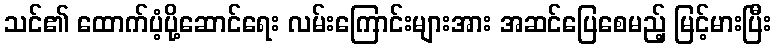
သင်၏ ထောက်ပံ့ပို့ဆောင်ရေး လမ်းကြောင်းများအား အဆင်ပြေစေမည့် မြင့်မားပြီး